Rangoon Lunatic Asylum 1878-1892 - 1878-1892
Year: 1878
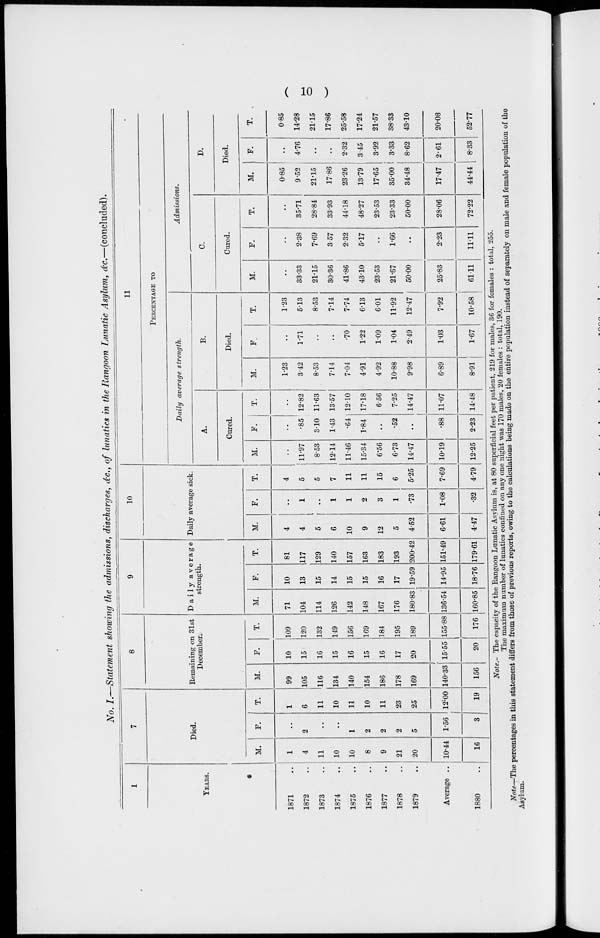
( 10 )
No. I.—Statement showing the admissions, discharges, &c., of lunatics in the Rangoon Lunatic Asylum, &c.—(concluded).
1
YEARS.
1871 ..
1872 ..
1873 ..
1874 ..
1875 ..
1876 ..
1877 ..
1878 ..
1879
..
Average ..
1880 ..
7
Died.
M.
1
4
11
10
10
8
9
21
20
10.44
16
F.
..
2
..
..
1
2
2
2
5
1.56
3
T.
1
6
11
10
11
10
11
23
25
12.00
19
8
Remaining on 31st
December.
M.
99
105
116
134
140
154
186
178
169
140.33
156
F.
10
15
16
15
16
15
16
17
20
15.55
20
T.
109
120
132
149
156
169
184
195
189
155.88
176
9
Daily average
strength.
M.
71
104
114
126
142
148
167
176
180.83
136.54
160.85
F.
10
13
15
14
15
15
16
17
19.59
14.95
18.76
T.
81
117
129
140
157
163
183
193
200.42
151.49
179.61
10
Daily average sick.
M.
4
4
5
6
10
9
12
5
4.52
6.61
4.47
F.
..
1
..
1
1
2
3
1
.73
1.08
.32
T.
4
5
5
7
11
11
15
6
5.25
7.69
4.79
11
PERCENTAGE TO
Daily average strength.
A.
Cured.
M.
..
11.97
8.53
12.14
11.46
15.34
6.56
6.73
14.47
10.19
12.25
F.
..
.85
3.10
1.43
.64
1.84
..
.52
..
.88
2.23
T.
..
12.82
11.63
13.57
12.10
17.18
6.56
7.25
14.47
11.07
14.48
B.
Died.
M.
1.23
3.42
8.53
7.14
7.04
4.91
4.92
10.88
9.98
6.89
8.91
F.
..
1.71
..
..
.70
1.22
1.09
1.04
2.49
1.03
1.67
T.
1.23
5.13
8.53
7.14
7.74
6.13
6.01
11.92
12.47
7.92
10.58
Admissions.
C.
Cured.
M.
..
33.33
21.15
30.36
41.86
43.10
23.53
21.67
50.00
25.83
61.11
F.
..
2.38
7.69
3.57
2.32
5.17
..
1.66
..
2.23
11.11
T.
..
35.71
28.84
33.93
44.18
48.27
23.53
23.33
50.00
28.06
72.22
D.
Died.
M.
0.85
9.52
21.15
17.86
23.26
13.79
17.65
35.00
34.48
17.47
44.44
F.
..
4.76
..
..
2.32
3.45
3.92
3.33
8.62
2.61
8.33
T.
0.85
14.28
21.15
17.86
25.58
17.24
21.57
38.33
43.10
20.08
52.77
Note.- The capacity of the Rangoon Lunatic Asylum is, at 80 superficial feet per patient, 219 for males, 36 for females : total, 255.
The maximum number of lunatics confined on any one night was 170 males, 20 females : total, 190.
Note—The percentages in this statement differs from those of previous reports, owing to the calculations being made on the entire population instead of separately on male and female population of the
Asylum.